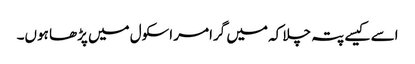
اسے کیسے پتہ چلا کہ میں گرامر اسکول میں پڑھا ہوں۔